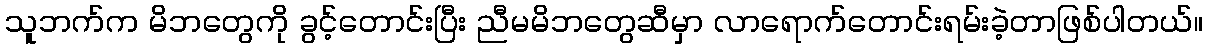
သူဘက်က မိဘတွေကို ခွင့်တောင်းပြီး ညီမမိဘတွေဆီမှာ လာရောက်တောင်းရမ်းခဲ့တာဖြစ်ပါတယ်။